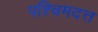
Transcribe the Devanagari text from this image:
पश्चिमदत्त